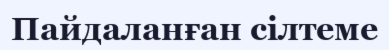
Пайдаланған сілтеме